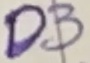
Text: D3